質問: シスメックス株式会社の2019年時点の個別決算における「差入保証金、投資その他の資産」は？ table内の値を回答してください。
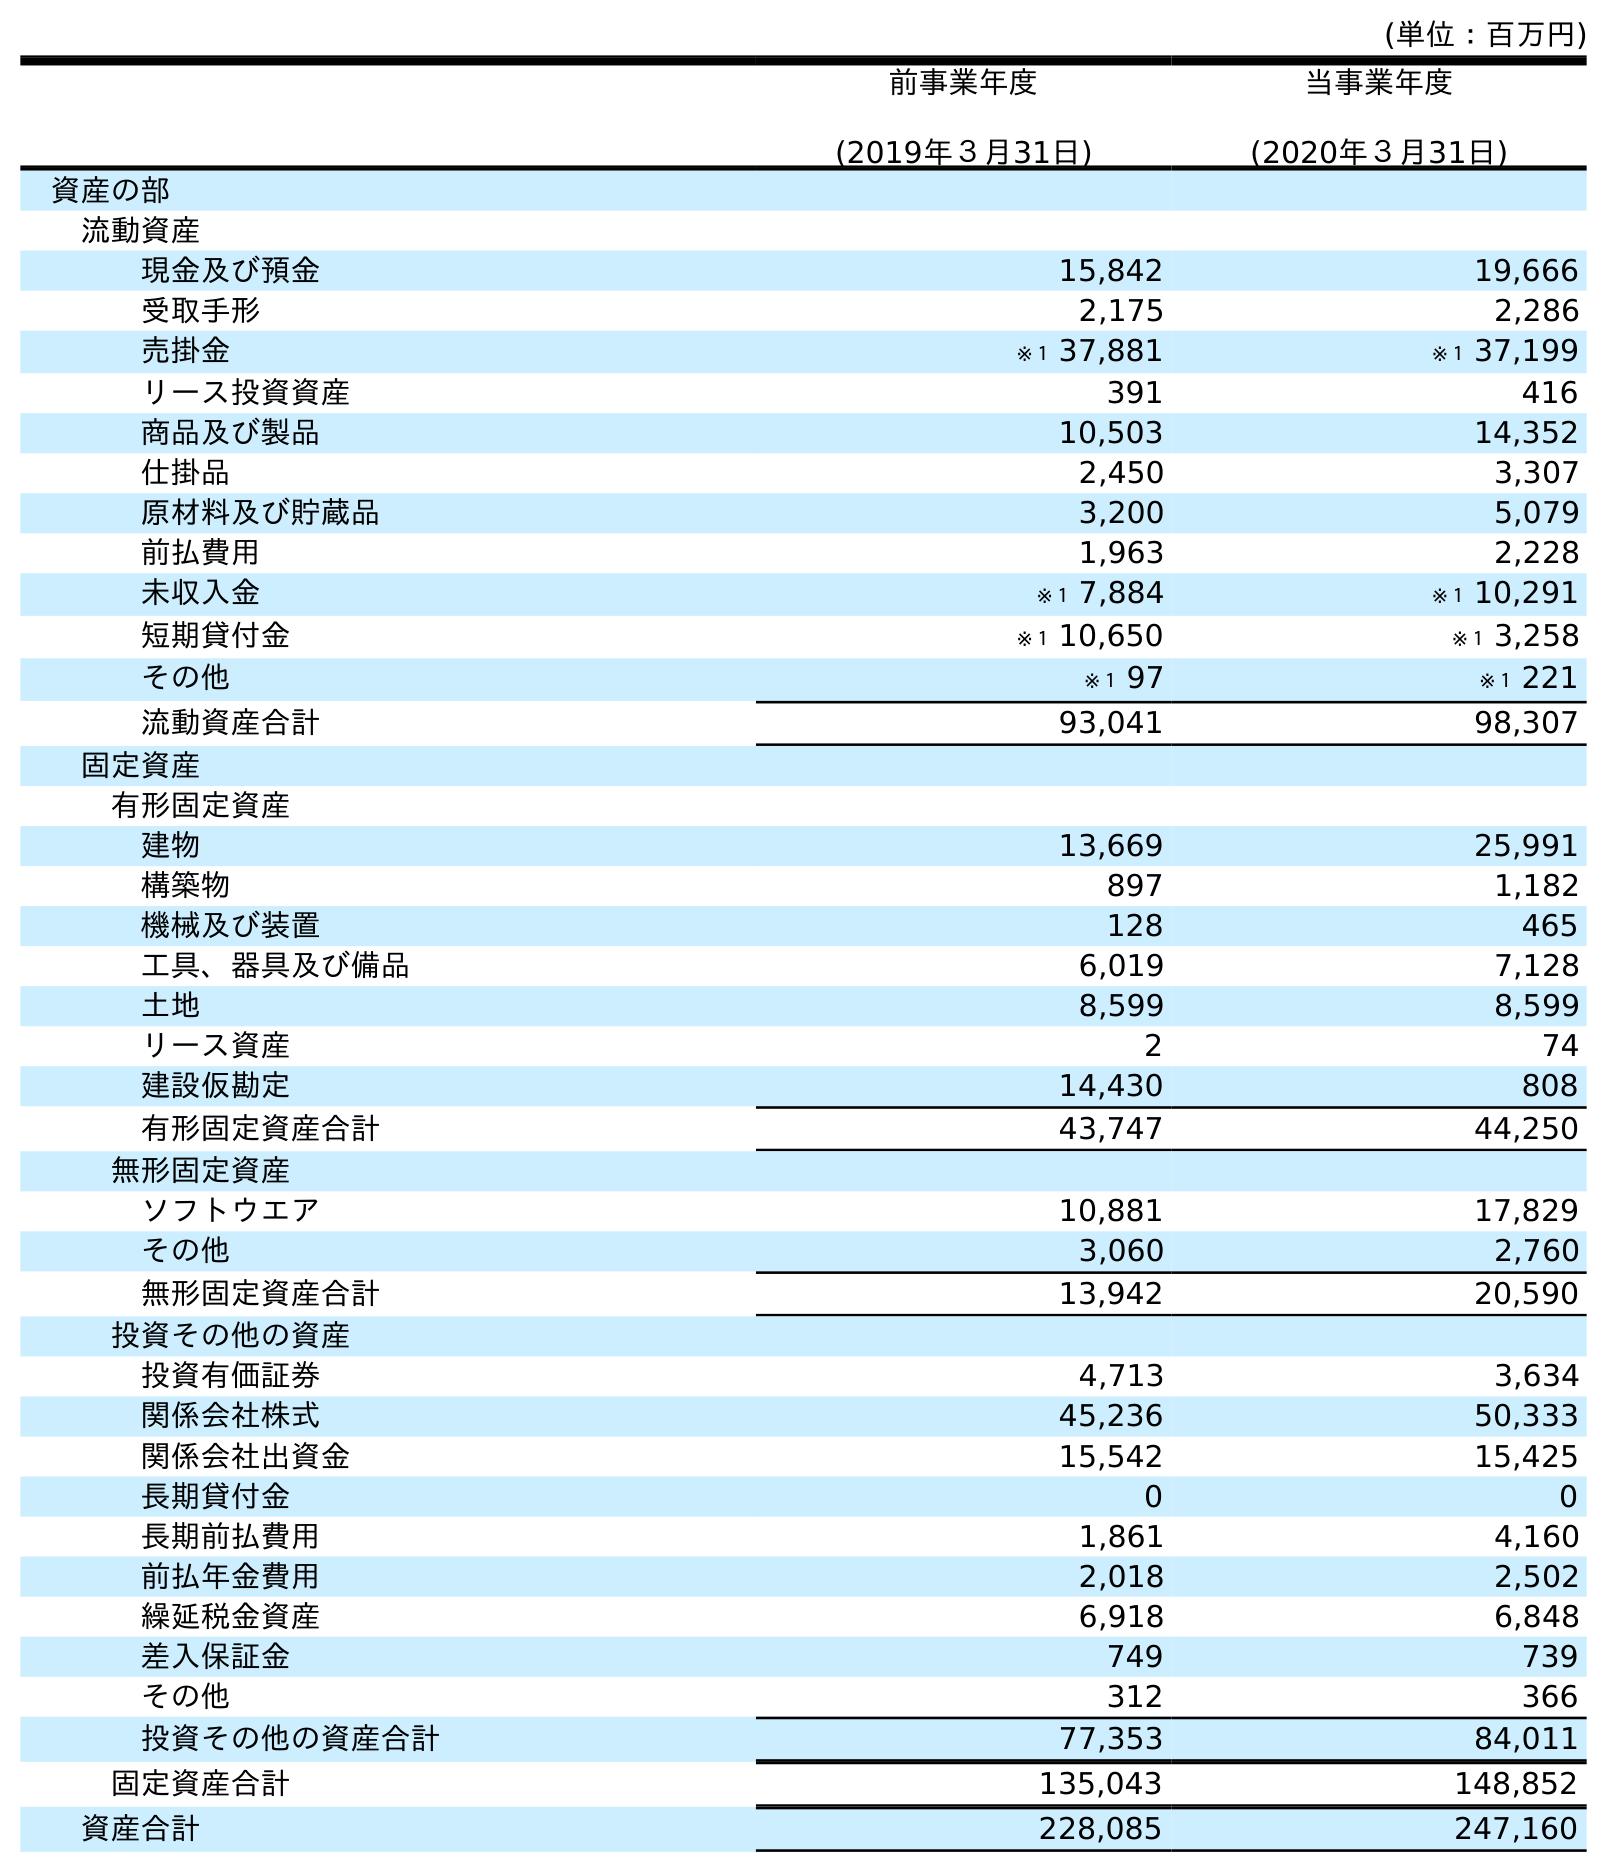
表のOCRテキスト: (単位：百万円) 前事業年度 (2019年３月31日) 当事業年度 (2020年３月31日) 資産の部 流動資産 現金及び預金 15,842 19,666 受取手形 2,175 2,286 売掛金 ※１ 37,881 ※１ 37,199 リース投資資産 391 416 商品及び製品 10,503 14,352 仕掛品 2,450 3,307 原材料及び貯蔵品 3,200 5,079 前払費用 1,963 2,228 未収入金 ※１ 7,884 ※１ 10,291 短期貸付金 ※１ 10,650 ※１ 3,258 その他 ※１ 97 ※１ 221 流動資産合計 93,041 98,307 固定資産 有形固定資産 建物 13,669 25,991 構築物 897 1,182 機械及び装置 128 465 工具、器具及び備品 6,019 7,128 土地 8,599 8,599 リース資産 2 74 建設仮勘定 14,430 808 有形固定資産合計 43,747 44,250 無形固定資産 ソフトウエア 10,881 17,829 その他 3,060 2,760 無形固定資産合計 13,942 20,590 投資その他の資産 投資有価証券 4,713 3,634 関係会社株式 45,236 50,333 関係会社出資金 15,542 15,425 長期貸付金 0 0 長期前払費用 1,861 4,160 前払年金費用 2,018 2,502 繰延税金資産 6,918 6,848 差入保証金 749 739 その他 312 366 投資その他の資産合計 77,353 84,011 固定資産合計 135,043 148,852 資産合計 228,085 247,160
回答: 749